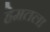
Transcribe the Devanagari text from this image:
हेमतला